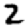
Digit: 2